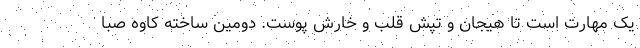
یک مهارت است تا هیجان و تپش قلب و خارش پوست. دومین ساخته کاوه صبا